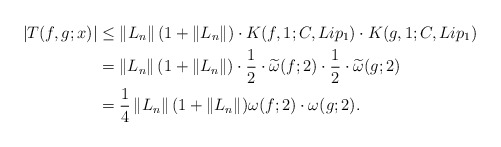
\begin{align*}\left|T(f,g;x)\right|&\leq \left\|L_n\right\|(1+\left\|L_n\right\|)\cdot K(f,1;C,Lip_1)\cdot K(g,1;C,Lip_1)\\&=\left\|L_n\right\|(1+\left\|L_n\right\|)\cdot\frac{1}{2}\cdot \widetilde{\omega}(f;2)\cdot\frac{1}{2}\cdot\widetilde{\omega}(g;2)\\&=\frac{1}{4}\left\|L_n\right\|(1+\left\|L_n\right\|)\omega(f;2)\cdot\omega(g;2).\end{align*}